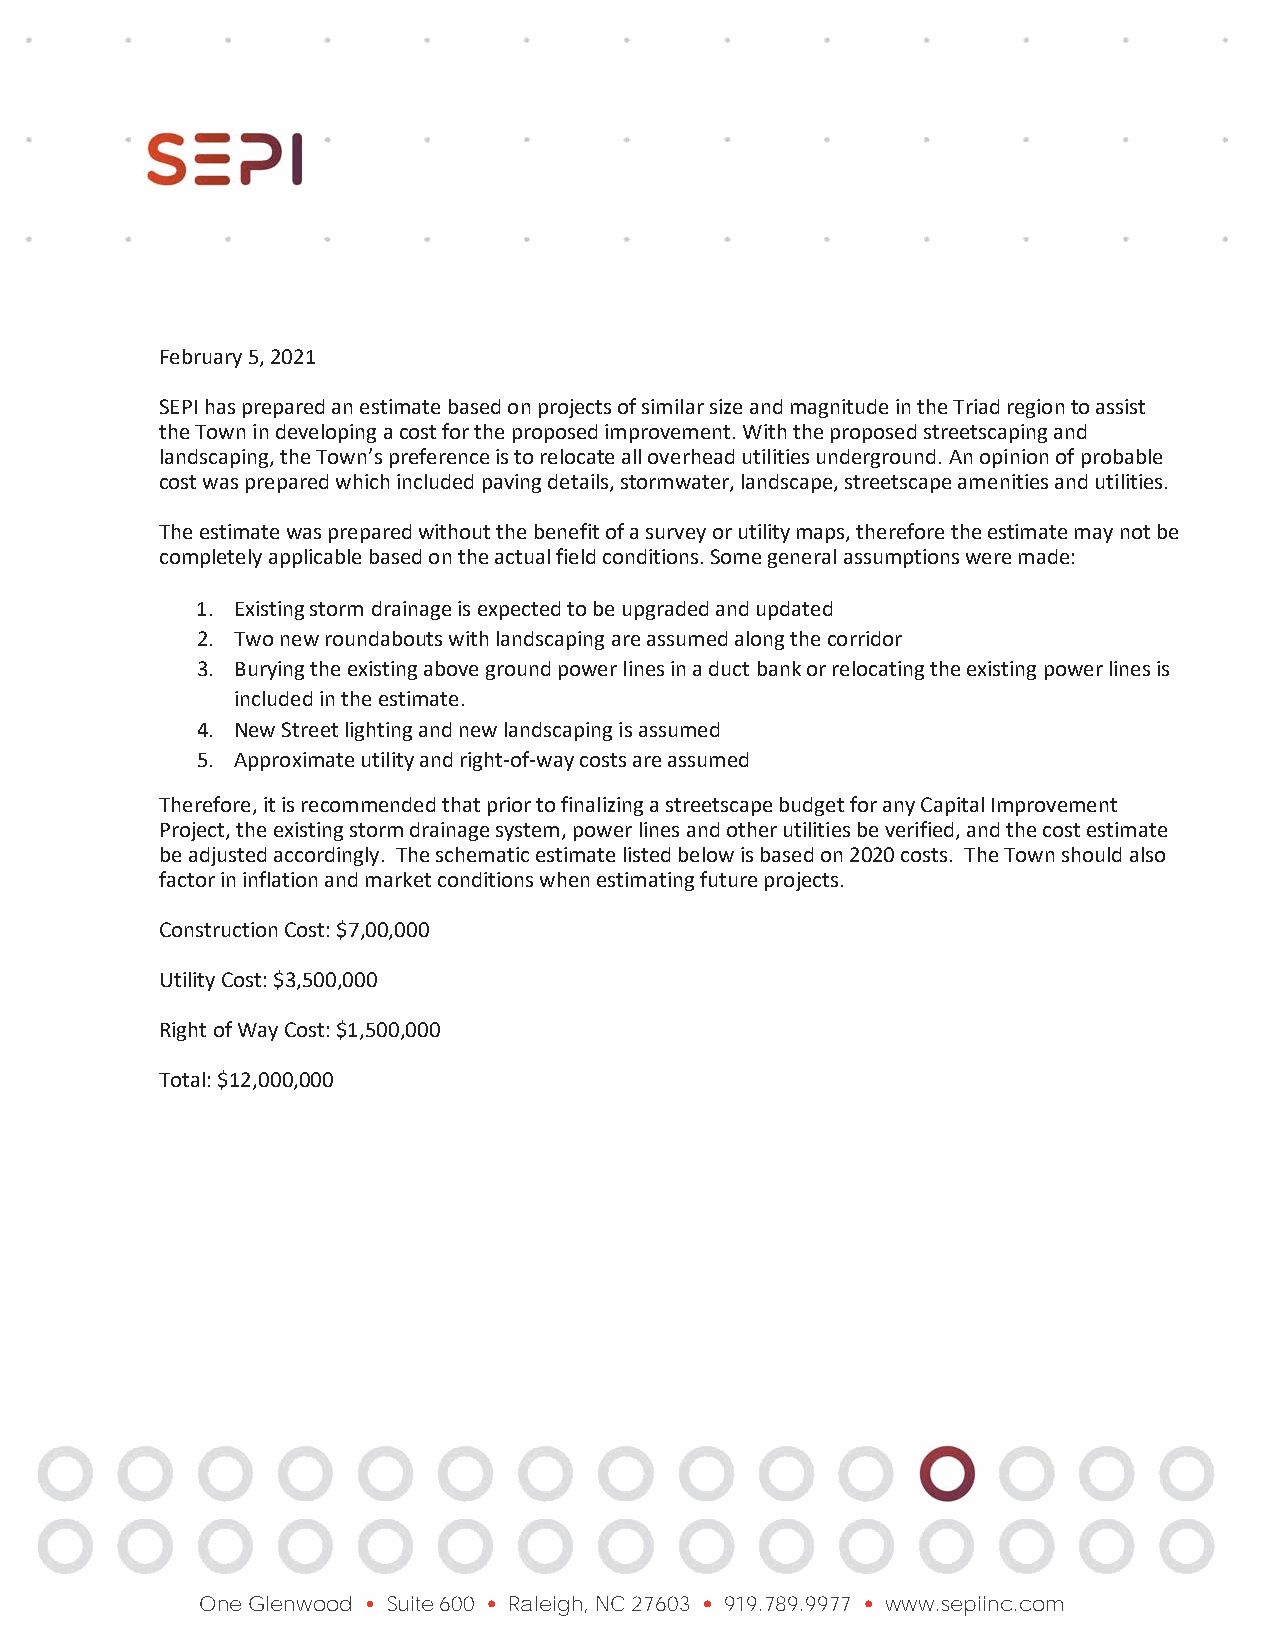
February 5, 2021
 SEPI has prepared an estimate based on projects of similar size and magnitude in the Triad region to assist
 the Town in developing a cost for the proposed improvement. With the proposed streetscaping and
 landscaping, the Town’s preference is to relocate all overhead utilities underground. An opinion of probable
 cost was prepared which included paving details, stormwater, landscape, streetscape amenities and utilities.
 The estimate was prepared without the benefit of a survey or utility maps, therefore the estimate may not be
 completely applicable based on the actual field conditions. Some general assumptions were made:
 1. Existing storm drainage is expected to be upgraded and updated
 2. Two new roundabouts with landscaping are assumed along the corridor
 3. Burying the existing above ground power lines in a duct bank or relocating the existing power lines is
 included in the estimate.
 4. New Street lighting and new landscaping is assumed
 5. Approximate utility and right-of-way costs are assumed
 Therefore, it is recommended that prior to finalizing a streetscape budget for any Capital Improvement
 Project, the existing storm drainage system, power lines and other utilities be verified, and the cost estimate
 be adjusted accordingly. The schematic estimate listed below is based on 2020 costs. The Town should also
 factor in inflation and market conditions when estimating future projects.
 Construction Cost: $7,00,000
 Utility Cost: $3,500,000
 Right of Way Cost: $1,500,000
 Total: $12,000,000
 One Glenwood  Suite 600  Raleigh, NC 27603  919.789.9977  www.sepiinc.com